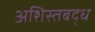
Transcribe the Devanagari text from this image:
अशिस्तबद्ध